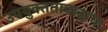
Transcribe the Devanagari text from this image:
उपयुक्ततावादाचा